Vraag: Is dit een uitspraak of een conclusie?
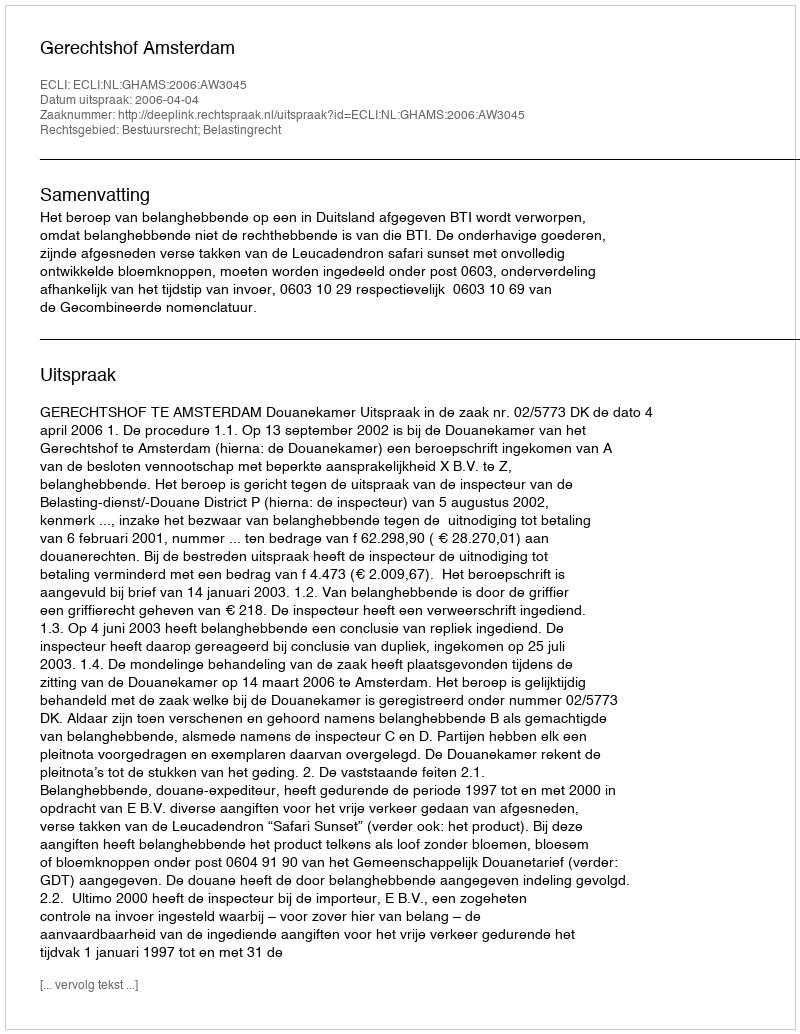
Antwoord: Uitspraak